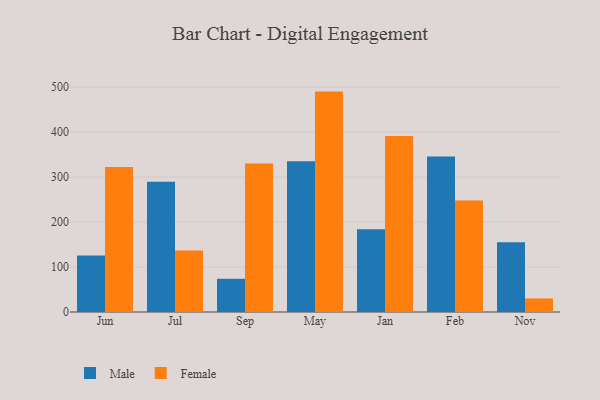
{"axis": {"x": "Month", "y": "Latency (ms)"}, "legend": ["Female", "Male"], "data": [{"x": "Jun", "y": 125.4, "type": "Male"}, {"x": "Jun", "y": 322.3, "type": "Female"}, {"x": "Jul", "y": 289.9, "type": "Male"}, {"x": "Jul", "y": 137.0, "type": "Female"}, {"x": "Sep", "y": 73.8, "type": "Male"}, {"x": "Sep", "y": 330.2, "type": "Female"}, {"x": "May", "y": 335.0, "type": "Male"}, {"x": "May", "y": 490.1, "type": "Female"}, {"x": "Jan", "y": 184.0, "type": "Male"}, {"x": "Jan", "y": 391.5, "type": "Female"}, {"x": "Feb", "y": 345.7, "type": "Male"}, {"x": "Feb", "y": 247.7, "type": "Female"}, {"x": "Nov", "y": 155.0, "type": "Male"}, {"x": "Nov", "y": 30.2, "type": "Female"}]}